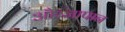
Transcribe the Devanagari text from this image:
औरजापान